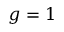
g = 1